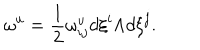
LaTeX: { \omega } ^ { u } = \frac { 1 } { 2 } { \omega } _ { i j } ^ { u } d { \xi } ^ { i } { \wedge } d { \xi } ^ { j } .